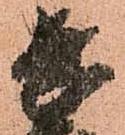
長